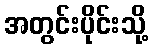
အတွင်းပိုင်းသို့